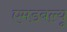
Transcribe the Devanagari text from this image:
एमडबल्यू